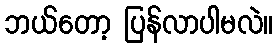
ဘယ်တော့ ပြန်လာပါမလဲ။